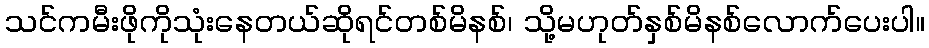
သင်ကမီးဖိုကိုသုံးနေတယ်ဆိုရင်တစ်မိနစ်၊ သို့မဟုတ်နှစ်မိနစ်လောက်ပေးပါ။